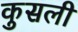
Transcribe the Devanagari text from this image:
कुसली